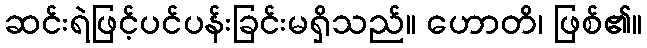
ဆင်းရဲဖြင့်ပင်ပန်းခြင်းမရှိသည်။ ဟောတိ၊ ဖြစ်၏။